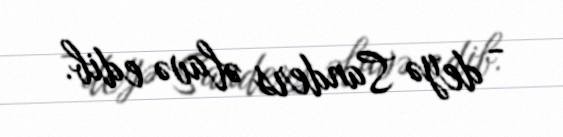
- deyə Sanders əlavə edib.